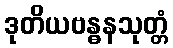
ဒုတိယဗန္ဓနသုတ္တံ